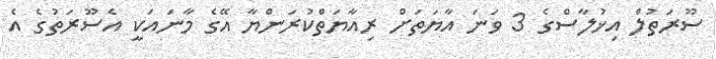
ސޫރަތުލް އިޚުލާސްގެ 3 ވަނަ އާޔަތަށް ރިއާޔަތްކުރަންޔާ އޭގެ މާނައަކީ އެސޫރަތުގެ އެ